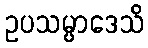
ဥပသမ္ပာဒေသိ